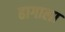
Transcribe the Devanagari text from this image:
हागाला